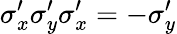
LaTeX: \sigma_{x}^{\prime}\sigma_{y}^{\prime}\sigma_{x}^{\prime}=-\sigma_{y}^{\prime}